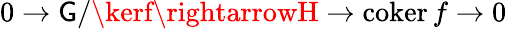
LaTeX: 0\rightarrow\mathsf{G}/\kerf\rightarrowH\rightarrow\operatorname{coker}f\rightarrow0